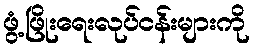
ဖွံ့ဖြိုးရေးလုပ်ငန်းများကို